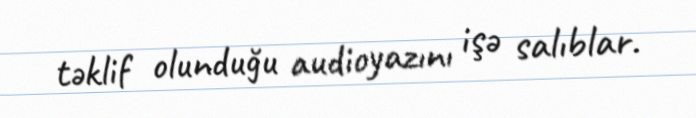
təklif olunduğu audioyazını işə salıblar.